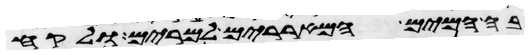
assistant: בה המים המאררים למרים ולקח